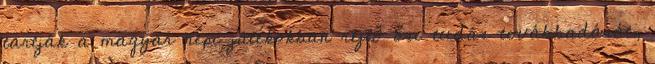
tartják a magyar népi játékokban rejlő ősi tudás továbbadását,